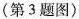
(第3题图)